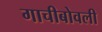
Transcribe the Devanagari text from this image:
गाचीबोवली